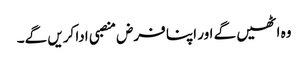
وہ اٹھیں گے اور اپنا فرض منصبی ادا کریں گے۔